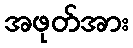
အဖုတ်အား